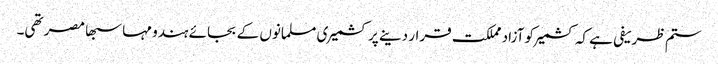
ستم ظریفی ہے کہ کشمیر کو آزاد مملکت قرار دینے پر کشمیری مسلمانوں کے بجائے ہندو مہا سبھا مصر تھی۔